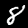
Digit: 8